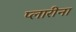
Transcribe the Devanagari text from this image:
प्लारीना